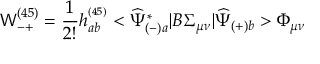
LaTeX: { \mathsf W } _ { - + } ^ { ( 4 5 ) } = \frac { 1 } { 2 ! } h _ { a b } ^ { ^ { ( 4 5 ) } } < \widehat { \Psi } _ { ( - ) a } ^ { * } | B \Sigma _ { \mu \nu } | \widehat { \Psi } _ { ( + ) b } > \Phi _ { \mu \nu }